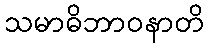
သမာဓိဘာဝနာတိ